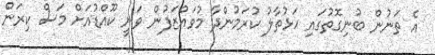
އެ ތަނުން ބުނިގޮތުގައި ހަޅުތާލު ކުރަމުންދާ މުވައްޒަފުން ވަނީ ކޫއްޑުއަށް މަސް ކިރަން